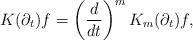
LaTeX: \begin{align*} K(\partial_t)f = \left(\frac{d}{dt}\right)^m K_m(\partial_t)f, \end{align*}